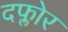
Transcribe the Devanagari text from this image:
दफ्लोर